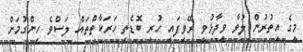
މީގެ އިތުރުން ލުވާ ވިދާޅުވީ ރޭވިފައި ހުރި ބޮޑެތި ހަރަކާތްތައް ލަސްވެ ހިންގުމަށް